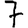
Digit: 7